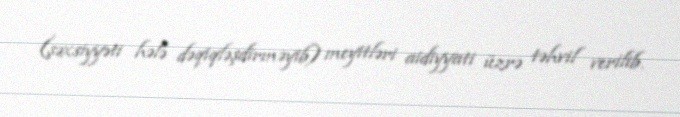
(şəxsiyyəti hələ dəqiqləşdirməyib) meyitləri aidiyyati üzrə təhvil verilib.